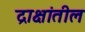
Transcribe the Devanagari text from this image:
द्राक्षांतील